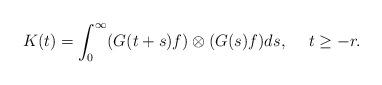
LaTeX: \begin{align*} K(t) = \int^\infty_0 (G(t+s)f)\otimes (G(s)f)ds,\hskip 15pt t\ge -r.\end{align*}